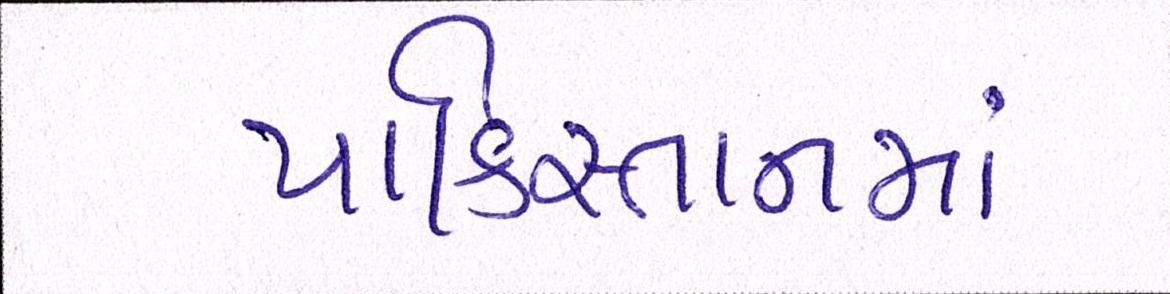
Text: પાકિસ્તાનમાં